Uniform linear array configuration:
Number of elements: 16
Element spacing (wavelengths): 1
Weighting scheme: cosine
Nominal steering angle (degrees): -15
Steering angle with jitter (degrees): -15.877
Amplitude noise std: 0.05
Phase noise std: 0.05

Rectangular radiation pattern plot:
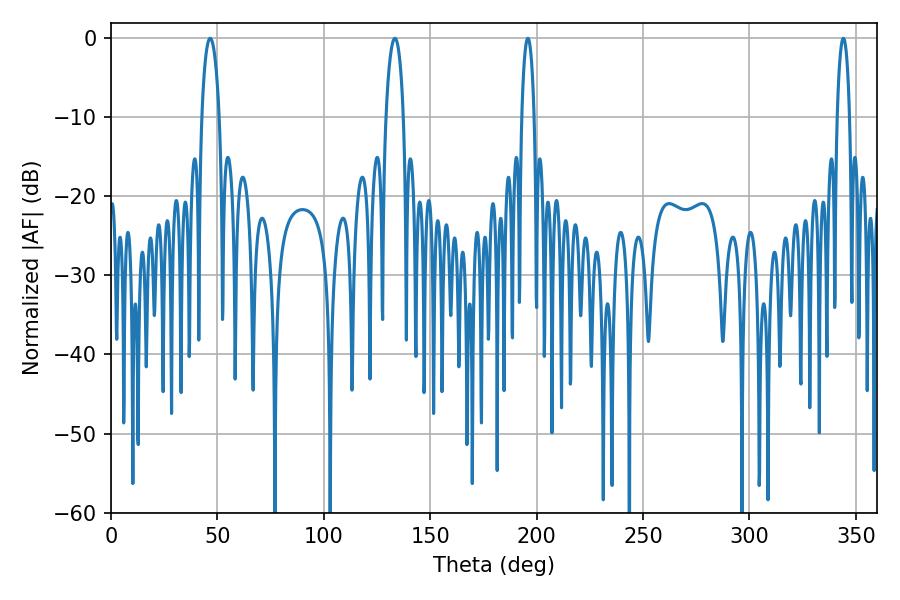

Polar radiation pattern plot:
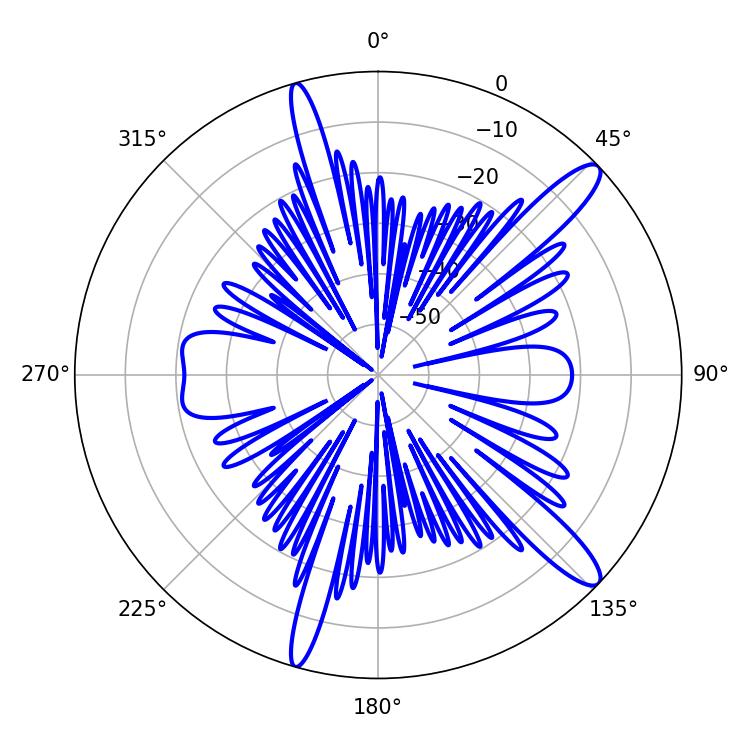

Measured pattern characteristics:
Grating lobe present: TRUE
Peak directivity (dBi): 13.235
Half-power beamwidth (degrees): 4.68
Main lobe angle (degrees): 46.62